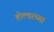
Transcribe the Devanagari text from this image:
होल्डरच्या